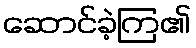
ဆောင်ခဲ့ကြ၏